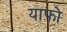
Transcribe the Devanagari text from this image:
याफो